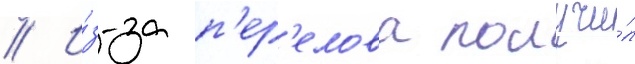
// И́з-за п'ер'елова получи́л